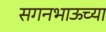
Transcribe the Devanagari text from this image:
सगनभाऊच्या